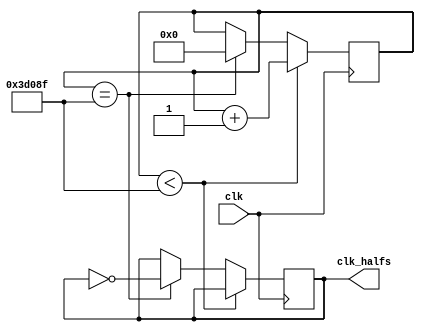
module clk_halfsecond(clk,clk_halfs);
	
	input clk;
	output reg clk_halfs;
	reg[17:0] cnt;
	
	initial begin
		cnt <= 18'd0;
		clk_halfs <= 1'b1;
	end
	
	always@(posedge clk)begin
		if(cnt < 18'd249_999)
			cnt = cnt + 1;
		else if(cnt == 18'd249_999)begin
			clk_halfs = ~clk_halfs;
			cnt = 18'b0;
		end
	end
	
endmodule